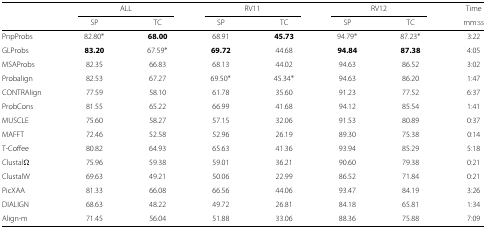
<table><thead><tr><td></td><td colspan="2"><b>ALL</b></td><td colspan="2"><b>RV11</b></td><td colspan="2"><b>RV12</b></td><td><b>Time</b></td></tr><tr><td></td><td><b>SP</b></td><td><b>TC</b></td><td><b>SP</b></td><td><b>TC</b></td><td><b>SP</b></td><td><b>TC</b></td><td><b>mm:ss</b></td></tr></thead><tbody><tr><td>PnpProbs</td><td>82.80 <sup>∗</sup></td><td><b>68.00</b></td><td>68.91</td><td><b>45.73</b></td><td>94.79 <sup>∗</sup></td><td>87.23 <sup>∗</sup></td><td>3:22</td></tr><tr><td>GLProbs</td><td><b>83.20</b></td><td>67.59 <sup>∗</sup></td><td><b>69.72</b></td><td>44.68</td><td><b>94.84</b></td><td><b>87.38</b></td><td>4:05</td></tr><tr><td>MSAProbs</td><td>82.35</td><td>66.83</td><td>68.13</td><td>44.02</td><td>94.63</td><td>86.52</td><td>3:02</td></tr><tr><td>Probalign</td><td>82.53</td><td>67.27</td><td>69.50 <sup>∗</sup></td><td>45.34 <sup>∗</sup></td><td>94.63</td><td>86.20</td><td>1:47</td></tr><tr><td>CONTRAlign</td><td>77.59</td><td>58.10</td><td>61.78</td><td>35.60</td><td>91.23</td><td>77.52</td><td>6:37</td></tr><tr><td>ProbCons</td><td>81.55</td><td>65.22</td><td>66.99</td><td>41.68</td><td>94.12</td><td>85.54</td><td>1:41</td></tr><tr><td>MUSCLE</td><td>75.60</td><td>58.27</td><td>57.15</td><td>32.06</td><td>91.53</td><td>80.89</td><td>0:37</td></tr><tr><td>MAFFT</td><td>72.46</td><td>52.58</td><td>52.96</td><td>26.19</td><td>89.30</td><td>75.38</td><td>0:14</td></tr><tr><td>T-Coffee</td><td>80.82</td><td>64.93</td><td>65.63</td><td>41.36</td><td>93.94</td><td>85.29</td><td>5:18</td></tr><tr><td>Clustal <i>Ω</i></td><td>75.96</td><td>59.38</td><td>59.01</td><td>36.21</td><td>90.60</td><td>79.38</td><td>0:21</td></tr><tr><td>ClustalW</td><td>69.63</td><td>49.21</td><td>50.06</td><td>22.99</td><td>86.52</td><td>71.84</td><td>0:21</td></tr><tr><td>PicXAA</td><td>81.33</td><td>66.08</td><td>66.56</td><td>44.06</td><td>93.47</td><td>84.19</td><td>3:26</td></tr><tr><td>DIALIGN</td><td>68.63</td><td>48.22</td><td>49.72</td><td>26.81</td><td>84.18</td><td>65.81</td><td>1:34</td></tr><tr><td>Align-m</td><td>71.45</td><td>56.04</td><td>51.88</td><td>33.06</td><td>88.36</td><td>75.88</td><td>7:09</td></tr></tbody></table>